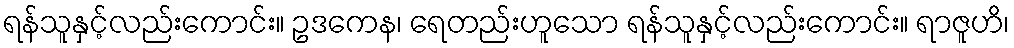
ရန်သူနှင့်လည်းကောင်း။ ဥဒကေန၊ ရေတည်းဟူသော ရန်သူနှင့်လည်းကောင်း။ ရာဇူဟိ၊